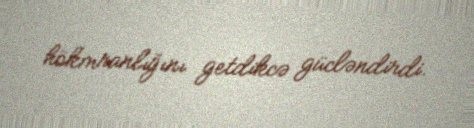
hökmranlığını getdikcə gücləndirdi.